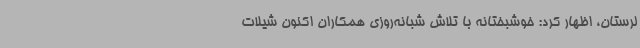
لرستان، اظهار کرد: خوشبختانه با تلاش شبانه‌روزی همکاران اکنون شیلات